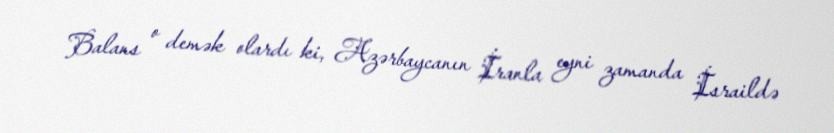
Balans o demək olardı ki, Azərbaycanın İranla eyni zamanda İsraildə